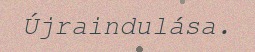
Újraindulása.